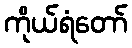
ကိုယ်ရံတော်